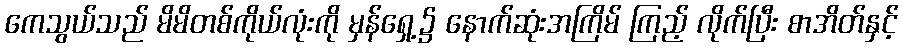
ကေသွယ်သည် မိမိတစ်ကိုယ်လုံးကို မှန်ရှေ့၌ နောက်ဆုံးအကြိမ် ကြည့် လိုက်ပြီး စာအိတ်နှင့်